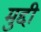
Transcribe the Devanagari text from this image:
मुद्दी